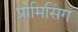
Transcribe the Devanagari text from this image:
प्रोमिसिंग